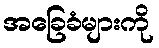
အခြေခံများကို